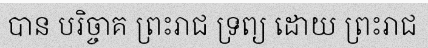
បាន បរិច្ចាគ ព្រះរាជ ទ្រព្យ ដោយ ព្រះរាជ